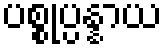
ပစ္စုပ္ပန္နာယ